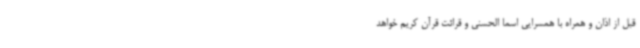
قبل از اذان و همراه با همسرایی اسماً الحسنی و قرائت قرآن کریم خواهد